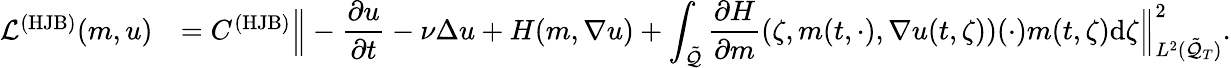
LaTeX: \begin{array}{rl}{\mathcal{L}^{({\mathrm{HJB}})}(m,u)}&{=C^{({\mathrm{HJB}})}\Big\| \displaystyle-\frac{\partial u}{\partial t}-\nu\Delta u+H(m,\nabla u)+\int_{\tilde{\mathcal{Q}}}\frac{\partial H}{\partial m}(\zeta,m(t,\cdot),\nabla u(t,\zeta))(\cdot)m(t,\zeta)\mathrm{d}\zeta\Big\| _{L^{2}(\tilde{\mathcal{Q}}_{T})}^{2}.}\end{array}